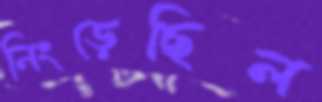
নিংড়েছিল